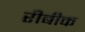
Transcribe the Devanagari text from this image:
रीबीक